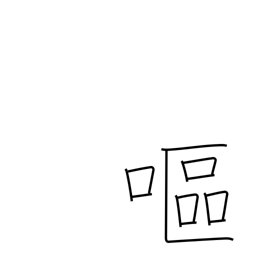
Meaning: nauseated